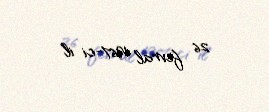
26 fevral 1967-ci il